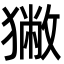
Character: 獙